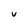
Character: V